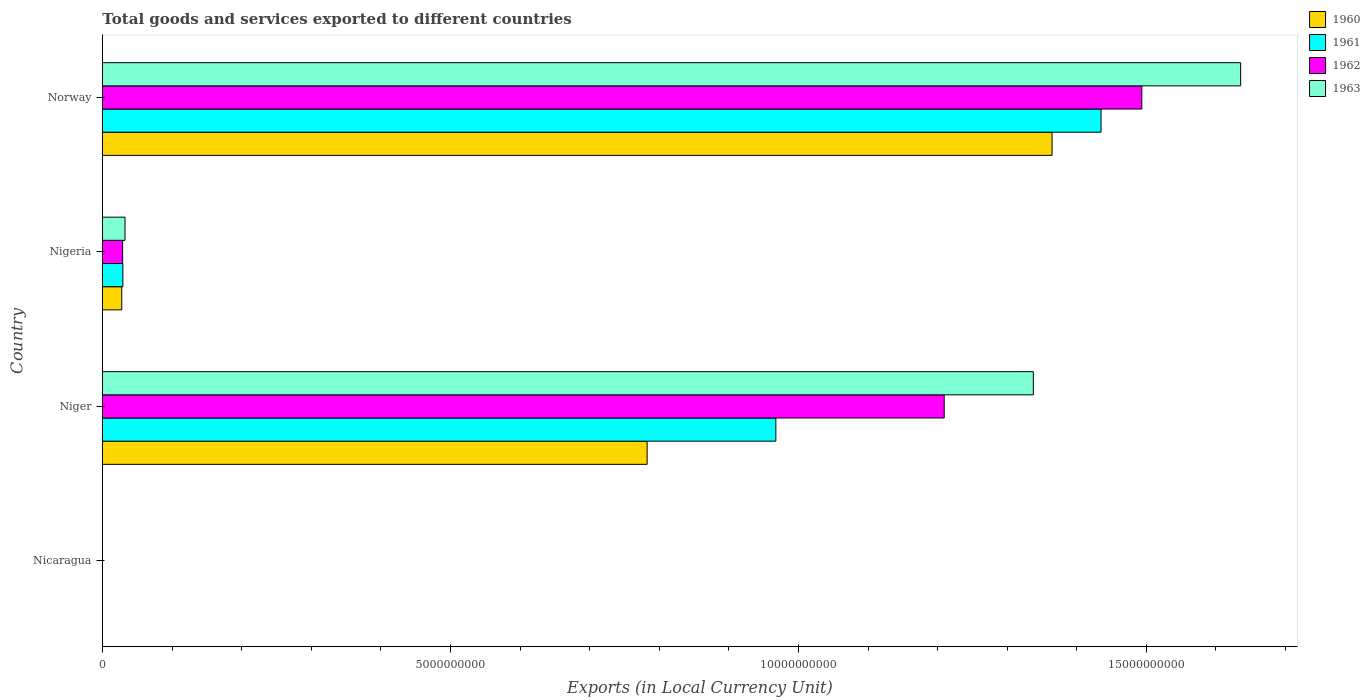
| Country | 1960 | 1961 | 1962 | 1963 |
 | --- | --- | --- | --- | --- |
 | Nicaragua | 0.111 | 0.118 | 0.147 | 0.177 |
 | Niger | 7.83e+09 | 9.68e+09 | 1.21e+10 | 1.34e+10 |
 | Nigeria | 2.77e+08 | 2.93e+08 | 2.9e+08 | 3.24e+08 |
 | Norway | 1.36e+10 | 1.43e+10 | 1.49e+10 | 1.64e+10 |